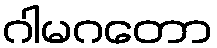
ဂါမဂတော